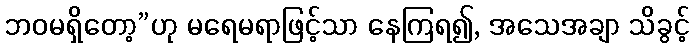
ဘဝမရှိတော့”ဟု မရေမရာဖြင့်သာ နေကြရ၍, အသေအချာ သိခွင့်